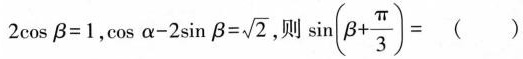
2cosβ=1，cos $$os \alpha -2 \sin \beta = \sqrt{}$$ ，则 $$\sin(\beta + \frac{\pi}{3})=$$ ( )